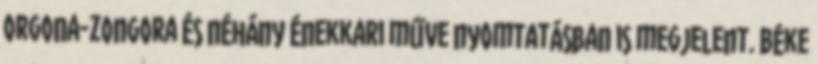
orgona-zongora és néhány énekkari műve nyomtatásban is megjelent. Béke